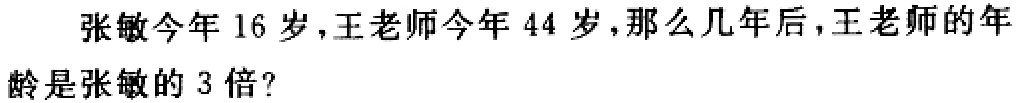
张敏今年 16 岁，王老师今年 44 岁，那么几年后，王老师的年龄是张敏的 3 倍?